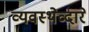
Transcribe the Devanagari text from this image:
व्यवस्थेव्दारे